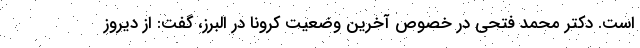
است. دکتر محمد فتحی در خصوص آخرین وضعیت کرونا در البرز، گفت: از دیروز